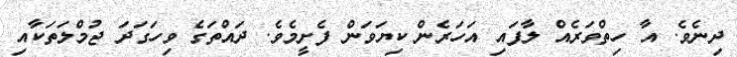
ދިނެވެ. އާ ހިތްވަރެއް ލާފައި އަހަރެން ކިޔަވަން ފެށީމެވެ. ދައްތަގެ ވިހަގަދަ ޖުމްލަތަކާއި